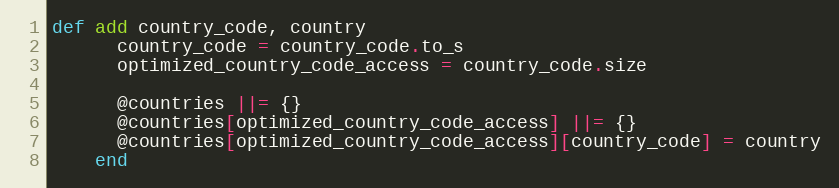
Language: Ruby
def add country_code, country
      country_code = country_code.to_s
      optimized_country_code_access = country_code.size

      @countries ||= {}
      @countries[optimized_country_code_access] ||= {}
      @countries[optimized_country_code_access][country_code] = country
    end